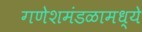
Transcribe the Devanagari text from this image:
गणेशमंडळामध्ये